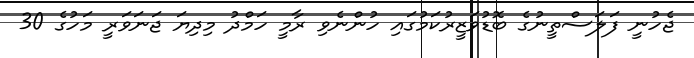
ޖެހުނީ ފަލަސްތީނުގެ ބޮޑުވަޒީރުކަމުގައި ހުންނެވި ރާމީ ހަމްދު މިދިޔަ ޖަނަވަރީ މަހުގެ 30